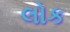
લોક